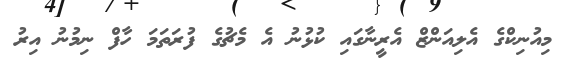
މިއުނިކްގެ އެލިއަންޒް އެރީނާގައި ކުޅުނު އެ މެޗުގެ ފުރަތަމަ ހާފް ނިމުނު އިރު